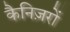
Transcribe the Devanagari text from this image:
कैनिज़रों